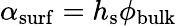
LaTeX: \alpha_{\mathrm{surf}}=h_{\mathrm{s}}\phi_{\mathrm{bulk}}